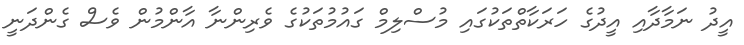
އީދު ނަމާދާއި އީދުގެ ހަރަކާތްތަކުގައި މުސްލިމް ގައުމުތަކުގެ ވެރިންނާ އާންމުން ވެސް ގެންދަނީ